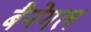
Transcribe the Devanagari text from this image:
बैनेगल